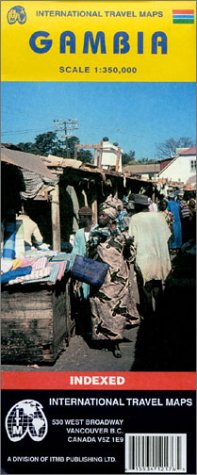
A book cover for Gambia Map by ITMB; International Travel Maps and Books; Travel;